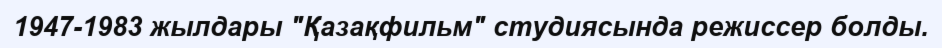
1947-1983 жылдары "Қазақфильм" студиясында режиссер болды.